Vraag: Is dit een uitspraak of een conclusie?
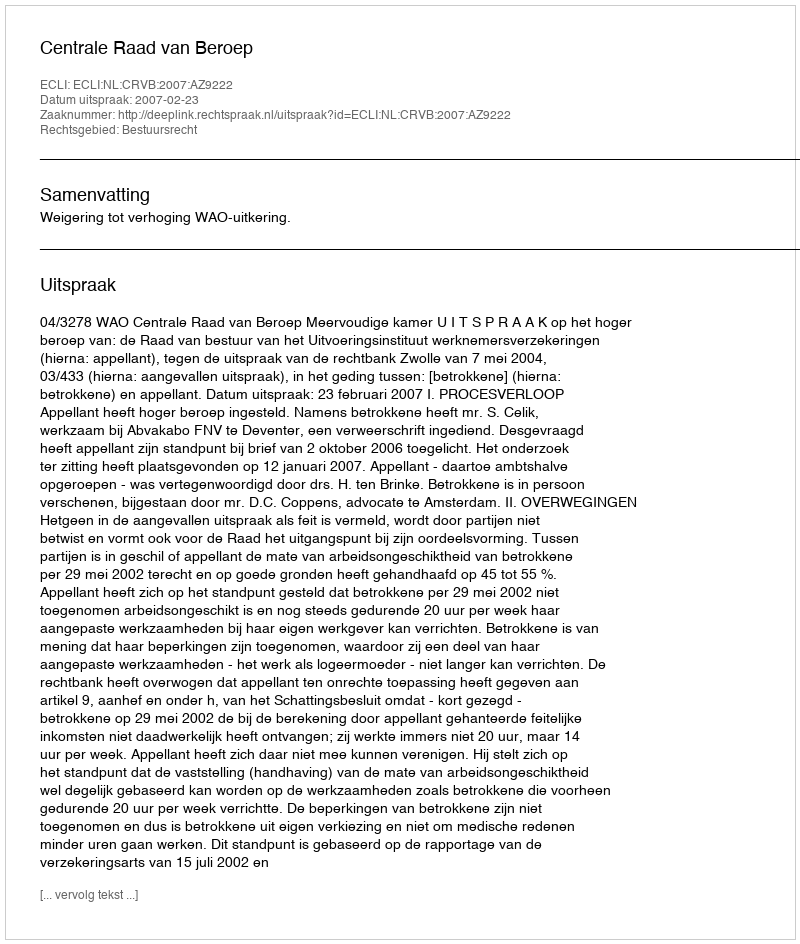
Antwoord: Uitspraak